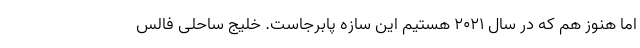
اما هنوز هم که در سال ۲۰۲۱ هستیم این سازه پابرجاست. خلیج ساحلی فالس